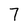
Character: 7